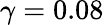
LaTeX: \gamma=0.08